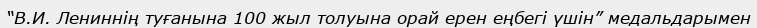
“В.И. Лениннің туғанына 100 жыл толуына орай ерен еңбегі үшін” медальдарымен